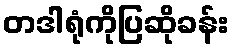
တဒါရုံကိုပြဆိုခန်း